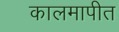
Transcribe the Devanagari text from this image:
कालमापीत